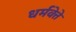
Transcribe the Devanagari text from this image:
धर्मवेत्ते